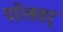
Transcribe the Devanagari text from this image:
पोलवर्